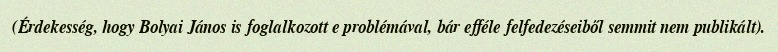
(Érdekesség, hogy Bolyai János is foglalkozott e problémával, bár efféle felfedezéseiből semmit nem publikált).